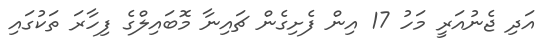
އަދި ޖެނުއަރީ މަހު 17 އިން ފެށިގެން ޗައިނާ މޮބައިލްގެ ފިހާރަ ތަކުގައި